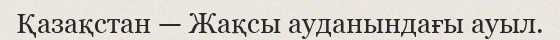
Қазақстан — Жақсы ауданындағы ауыл.